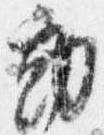
動